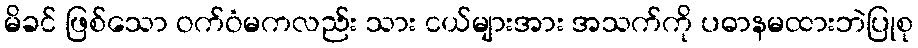
မိခင် ဖြစ်သော ဝက်ဝံမကလည်း သား ငယ်များအား အသက်ကို ပဓာနမထားဘဲပြုစု